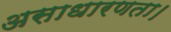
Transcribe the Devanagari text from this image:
असाधारणता।